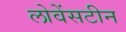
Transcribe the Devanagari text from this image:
लोवेंसटीन